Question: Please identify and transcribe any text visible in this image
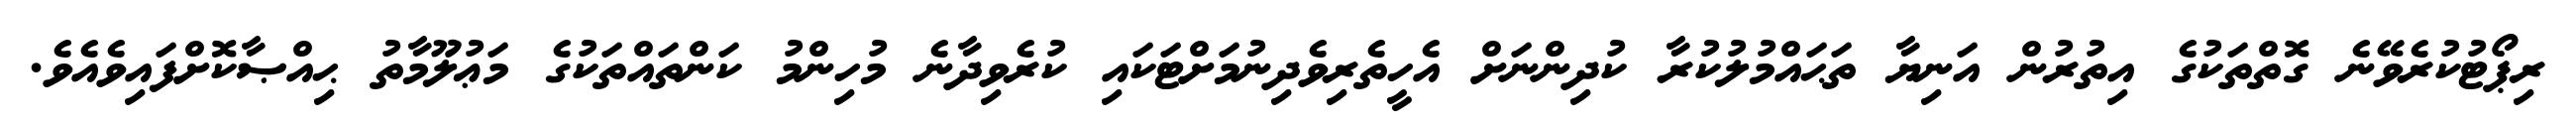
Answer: ރިޕޯޓުކުރެވޭނެ ގޮތްތަކުގެ އިތުރުން އަނިޔާ ތަޙައްމުލުކުރާ ކުދިންނަށް އެހީތެރިވެދިނުމަށްޓަކައި ކުރެވިދާނެ މުހިންމު ކަންތައްތަކުގެ މަޢުލޫމާތު ޙިއްޞާކޮށްފައިވެއެވެ.